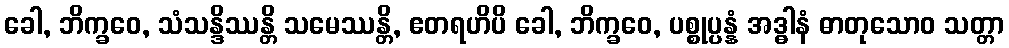
ခေါ, ဘိက္ခဝေ, သံသန္ဒိဿန္တိ သမေဿန္တိ, ဧတရဟိပိ ခေါ, ဘိက္ခဝေ, ပစ္စုပ္ပန္နံ အဒ္ဓါနံ ဓာတုသောဝ သတ္တာ